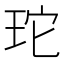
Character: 𭹂